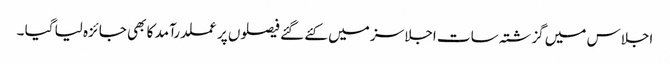
اجلاس میں گزشتہ سات اجلاسز میں کئے گئے فیصلوں پر عملدرآمد کا بھی جائزہ لیا گیا ۔